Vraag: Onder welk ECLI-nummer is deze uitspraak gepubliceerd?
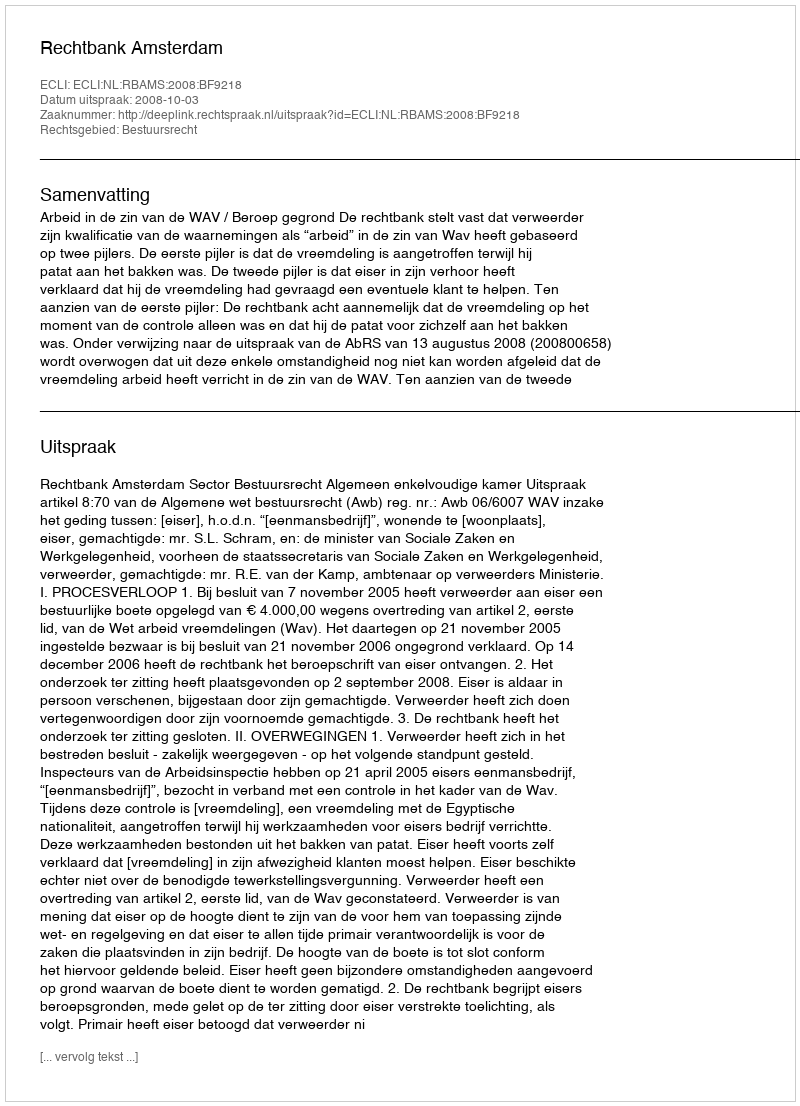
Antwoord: ECLI:NL:RBAMS:2008:BF9218